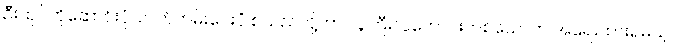
ဦးထုပ်ကိုဆောင်းပုံ၊ လက်ကမ်းပေးပုံ စသည်တို့ဟာ လူကြီးလူကောင်းတစ်ယောက် အရေးထားရမယ့်